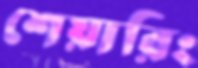
শেয়ারিং